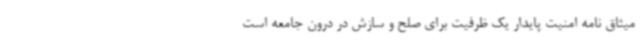
میثاق نامه امنیت پایدار یک ظرفیت برای صلح و سازش در درون جامعه است